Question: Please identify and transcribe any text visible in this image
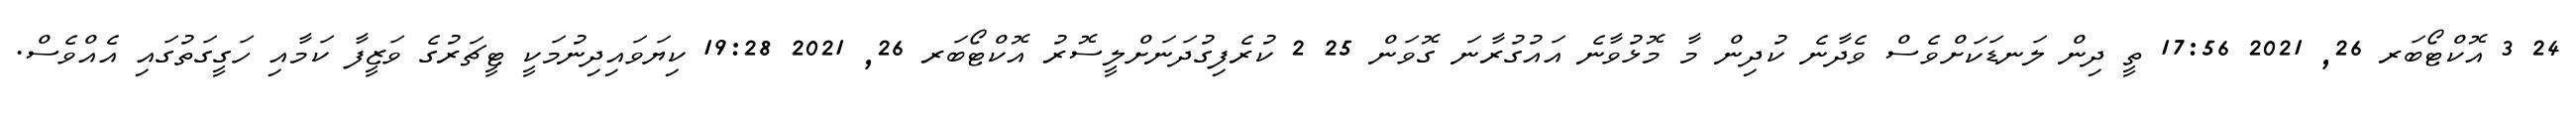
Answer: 24 3 އޮކްޓޯބަރ 26, 2021 17:56 ތީ ދިން ލަނޑަކަށްވެސް ވެދާނެ ކުދިން މާ މޮޅުވާނެ އައުގުރާނަ ގޮވަން 25 2 ކުރެފިގުދަނަށްލީސޮރު އޮކްޓޯބަރ 26, 2021 19:28 ކިޔަވައިދިނުމަކީ ޓީޗަރުގެ ވަޒީފާ ކަމާއި ހަގީގަތުގައި އެއްވެސް.